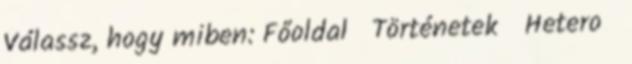
Válassz, hogy miben: Főoldal Történetek Hetero